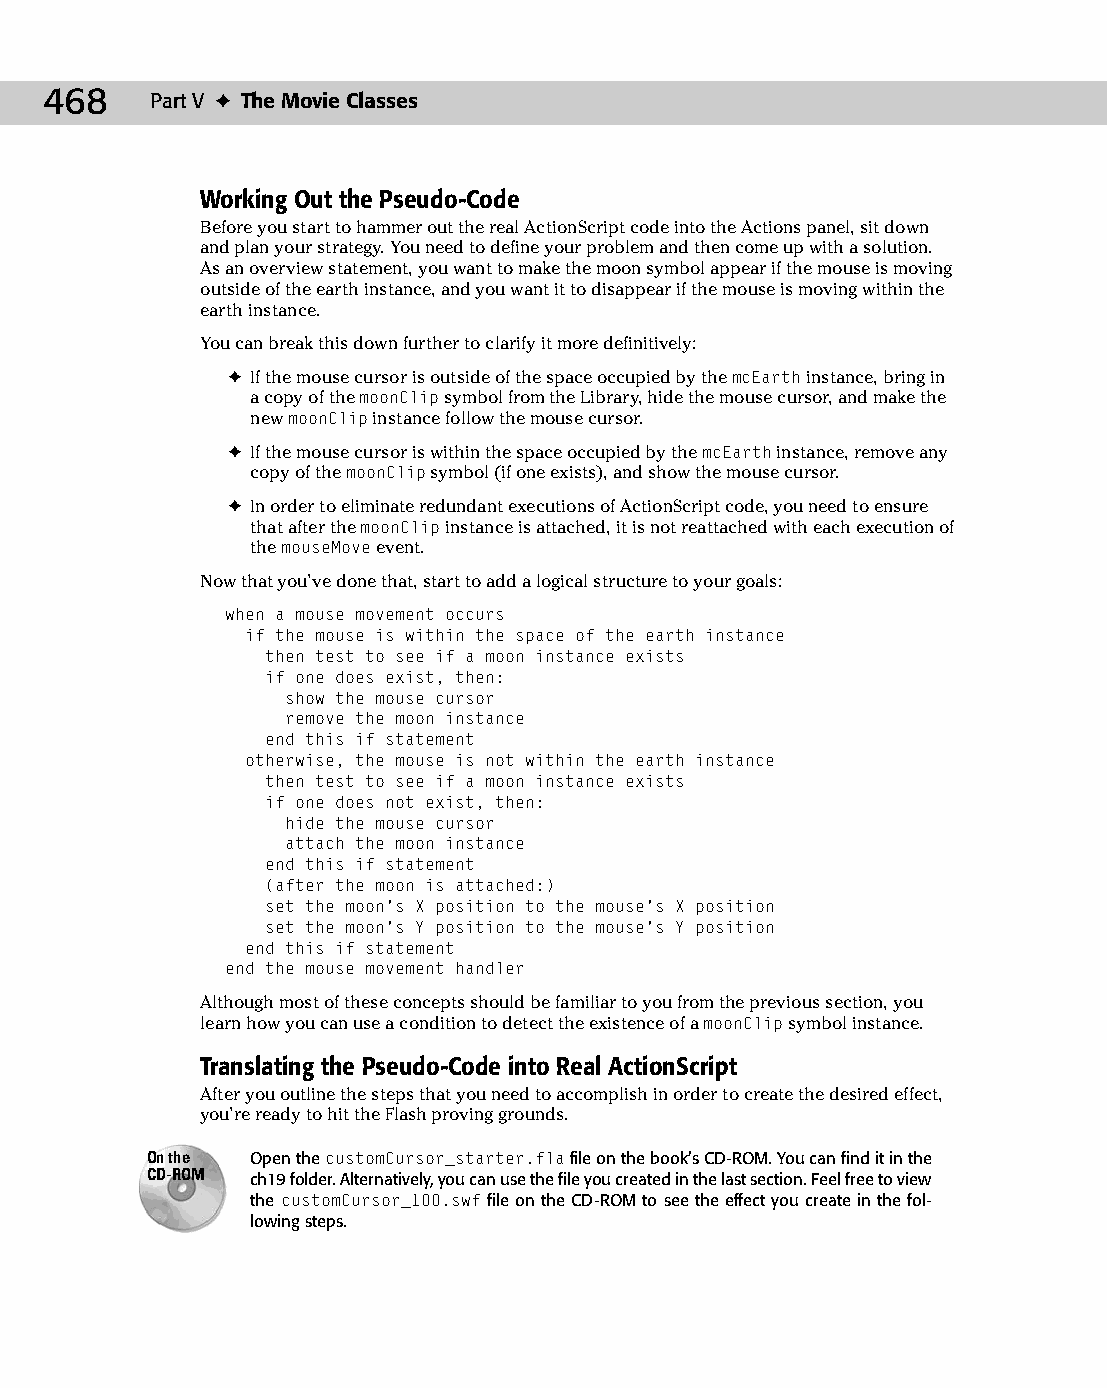
25 543547 ch19.qxd 3/24/04 4:10 PM Page 468
 468    Part V ✦ The Movie Classes
 Working Out the Pseudo-Code
 Before you start to hammer out the real ActionScript code into the Actions panel, sit down
 and plan your strategy. You need to define your problem and then come up with a solution.
 As an overview statement, you want to make the moon symbol appear if the mouse is moving
 outside of the earth instance, and you want it to disappear if the mouse is moving within the
 earth instance.
 You can break this down further to clarify it more definitively:
 ✦ If the mouse cursor is outside of the space occupied by the mcEarth instance, bring in
 a copy of the moonClip symbol from the Library, hide the mouse cursor, and make the
 new moonClip instance follow the mouse cursor.
 ✦ If the mouse cursor is within the space occupied by the mcEarth instance, remove any
 copy of the moonClip symbol (if one exists), and show the mouse cursor.
 ✦ In order to eliminate redundant executions of ActionScript code, you need to ensure
 that after the moonClip instance is attached, it is not reattached with each execution of
 the mouseMove event.
 Now that you’ve done that, start to add a logical structure to your goals:
 when a mouse movement occurs
 if the mouse is within the space of the earth instance
 then test to see if a moon instance exists
 if one does exist, then:
 show the mouse cursor
 remove the moon instance
 end this if statement
 otherwise, the mouse is not within the earth instance
 then test to see if a moon instance exists
 if one does not exist, then:
 hide the mouse cursor
 attach the moon instance
 end this if statement
 (after the moon is attached:)
 set the moon’s X position to the mouse’s X position
 set the moon’s Y position to the mouse’s Y position
 end this if statement
 end the mouse movement handler
 Although most of these concepts should be familiar to you from the previous section, you
 learn how you can use a condition to detect the existence of a moonClip symbol instance.
 Translating the Pseudo-Code into Real ActionScript
 After you outline the steps that you need to accomplish in order to create the desired effect,
 you’re ready to hit the Flash proving grounds.
 On the Open the customCursor_starter.fla file on the book’s CD-ROM. You can find it in the
 CD-ROM ch19 folder. Alternatively, you can use the file you created in the last section. Feel free to view
 the customCursor_100.swf file on the CD-ROM to see the effect you create in the fol­
 lowing steps.